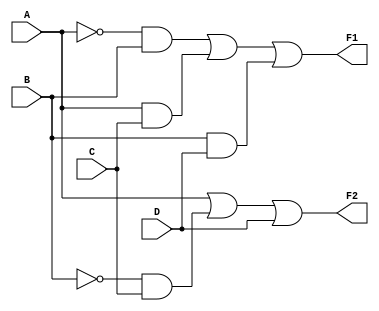
module combinational_logic (
    input wire A,  // Input A
    input wire B,  // Input B
    input wire C,  // Input C
    input wire D,  // Input D
    output wire F1, // Output F1
    output wire F2  // Output F2
);

// Intermediate signals for the logic expressions
wire notA, notB, notC, notD;
wire term1, term2, term3, term4;

// Inverters
assign notA = ~A;
assign notB = ~B;
assign notC = ~C;
assign notD = ~D;

// Logic expression for F1 (example: F1 = A'B + AC + BD)
assign term1 = notA & B;  // A'B
assign term2 = A & C;     // AC
assign term3 = B & D;     // BD

assign F1 = term1 | term2 | term3; // F1 = A'B + AC + BD

// Logic expression for F2 (example: F2 = A + B'C + D)
assign term4 = notB & C;  // B'C
assign F2 = A | term4 | D; // F2 = A + B'C + D

endmodule